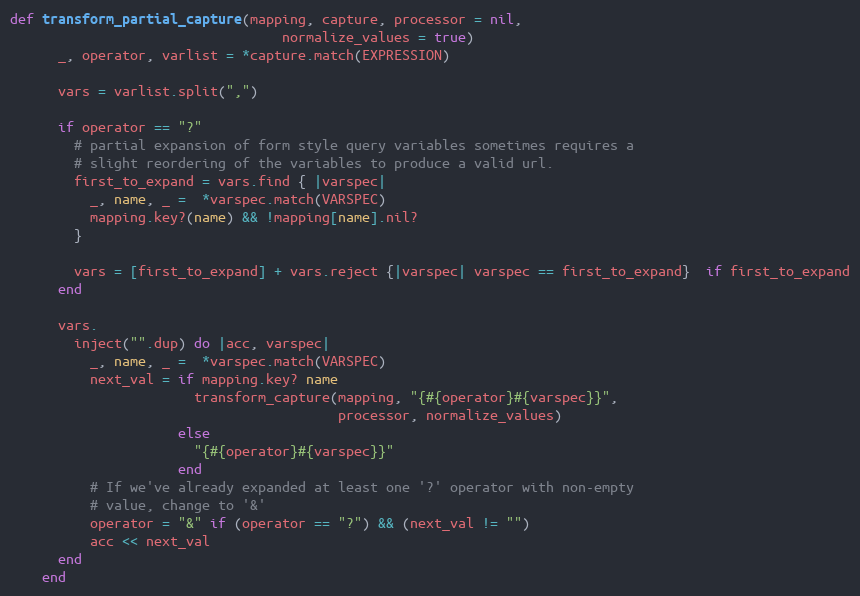
Language: Ruby
def transform_partial_capture(mapping, capture, processor = nil,
                                  normalize_values = true)
      _, operator, varlist = *capture.match(EXPRESSION)

      vars = varlist.split(",")

      if operator == "?"
        # partial expansion of form style query variables sometimes requires a
        # slight reordering of the variables to produce a valid url.
        first_to_expand = vars.find { |varspec|
          _, name, _ =  *varspec.match(VARSPEC)
          mapping.key?(name) && !mapping[name].nil?
        }

        vars = [first_to_expand] + vars.reject {|varspec| varspec == first_to_expand}  if first_to_expand
      end

      vars.
        inject("".dup) do |acc, varspec|
          _, name, _ =  *varspec.match(VARSPEC)
          next_val = if mapping.key? name
                       transform_capture(mapping, "{#{operator}#{varspec}}",
                                         processor, normalize_values)
                     else
                       "{#{operator}#{varspec}}"
                     end
          # If we've already expanded at least one '?' operator with non-empty
          # value, change to '&'
          operator = "&" if (operator == "?") && (next_val != "")
          acc << next_val
      end
    end